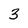
Character: 3